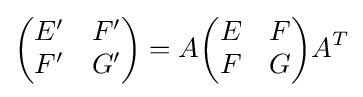
{\begin{pmatrix}E'&F'\\F'&G'\end{pmatrix}}=A{\begin{pmatrix}E&F\\F&G\end{pmatrix}}A^{T}